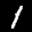
Label: 1